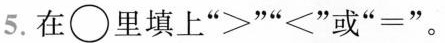
5.在\bigcirc里填上”~””<”或”=”。